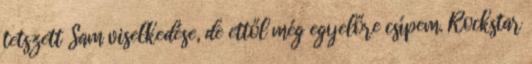
tetszett Sam viselkedése, de ettől még egyelőre csípem. Rockstar